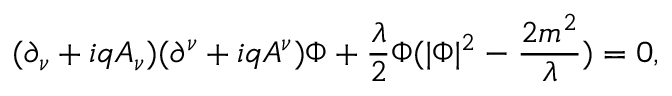
( \partial _ { \nu } + i q A _ { \nu } ) ( \partial ^ { \nu } + i q A ^ { \nu } ) \Phi + \frac { \lambda } { 2 } \Phi ( | \Phi | ^ { 2 } - \frac { 2 m ^ { 2 } } { \lambda } ) = 0 ,